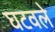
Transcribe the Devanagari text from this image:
घटवले